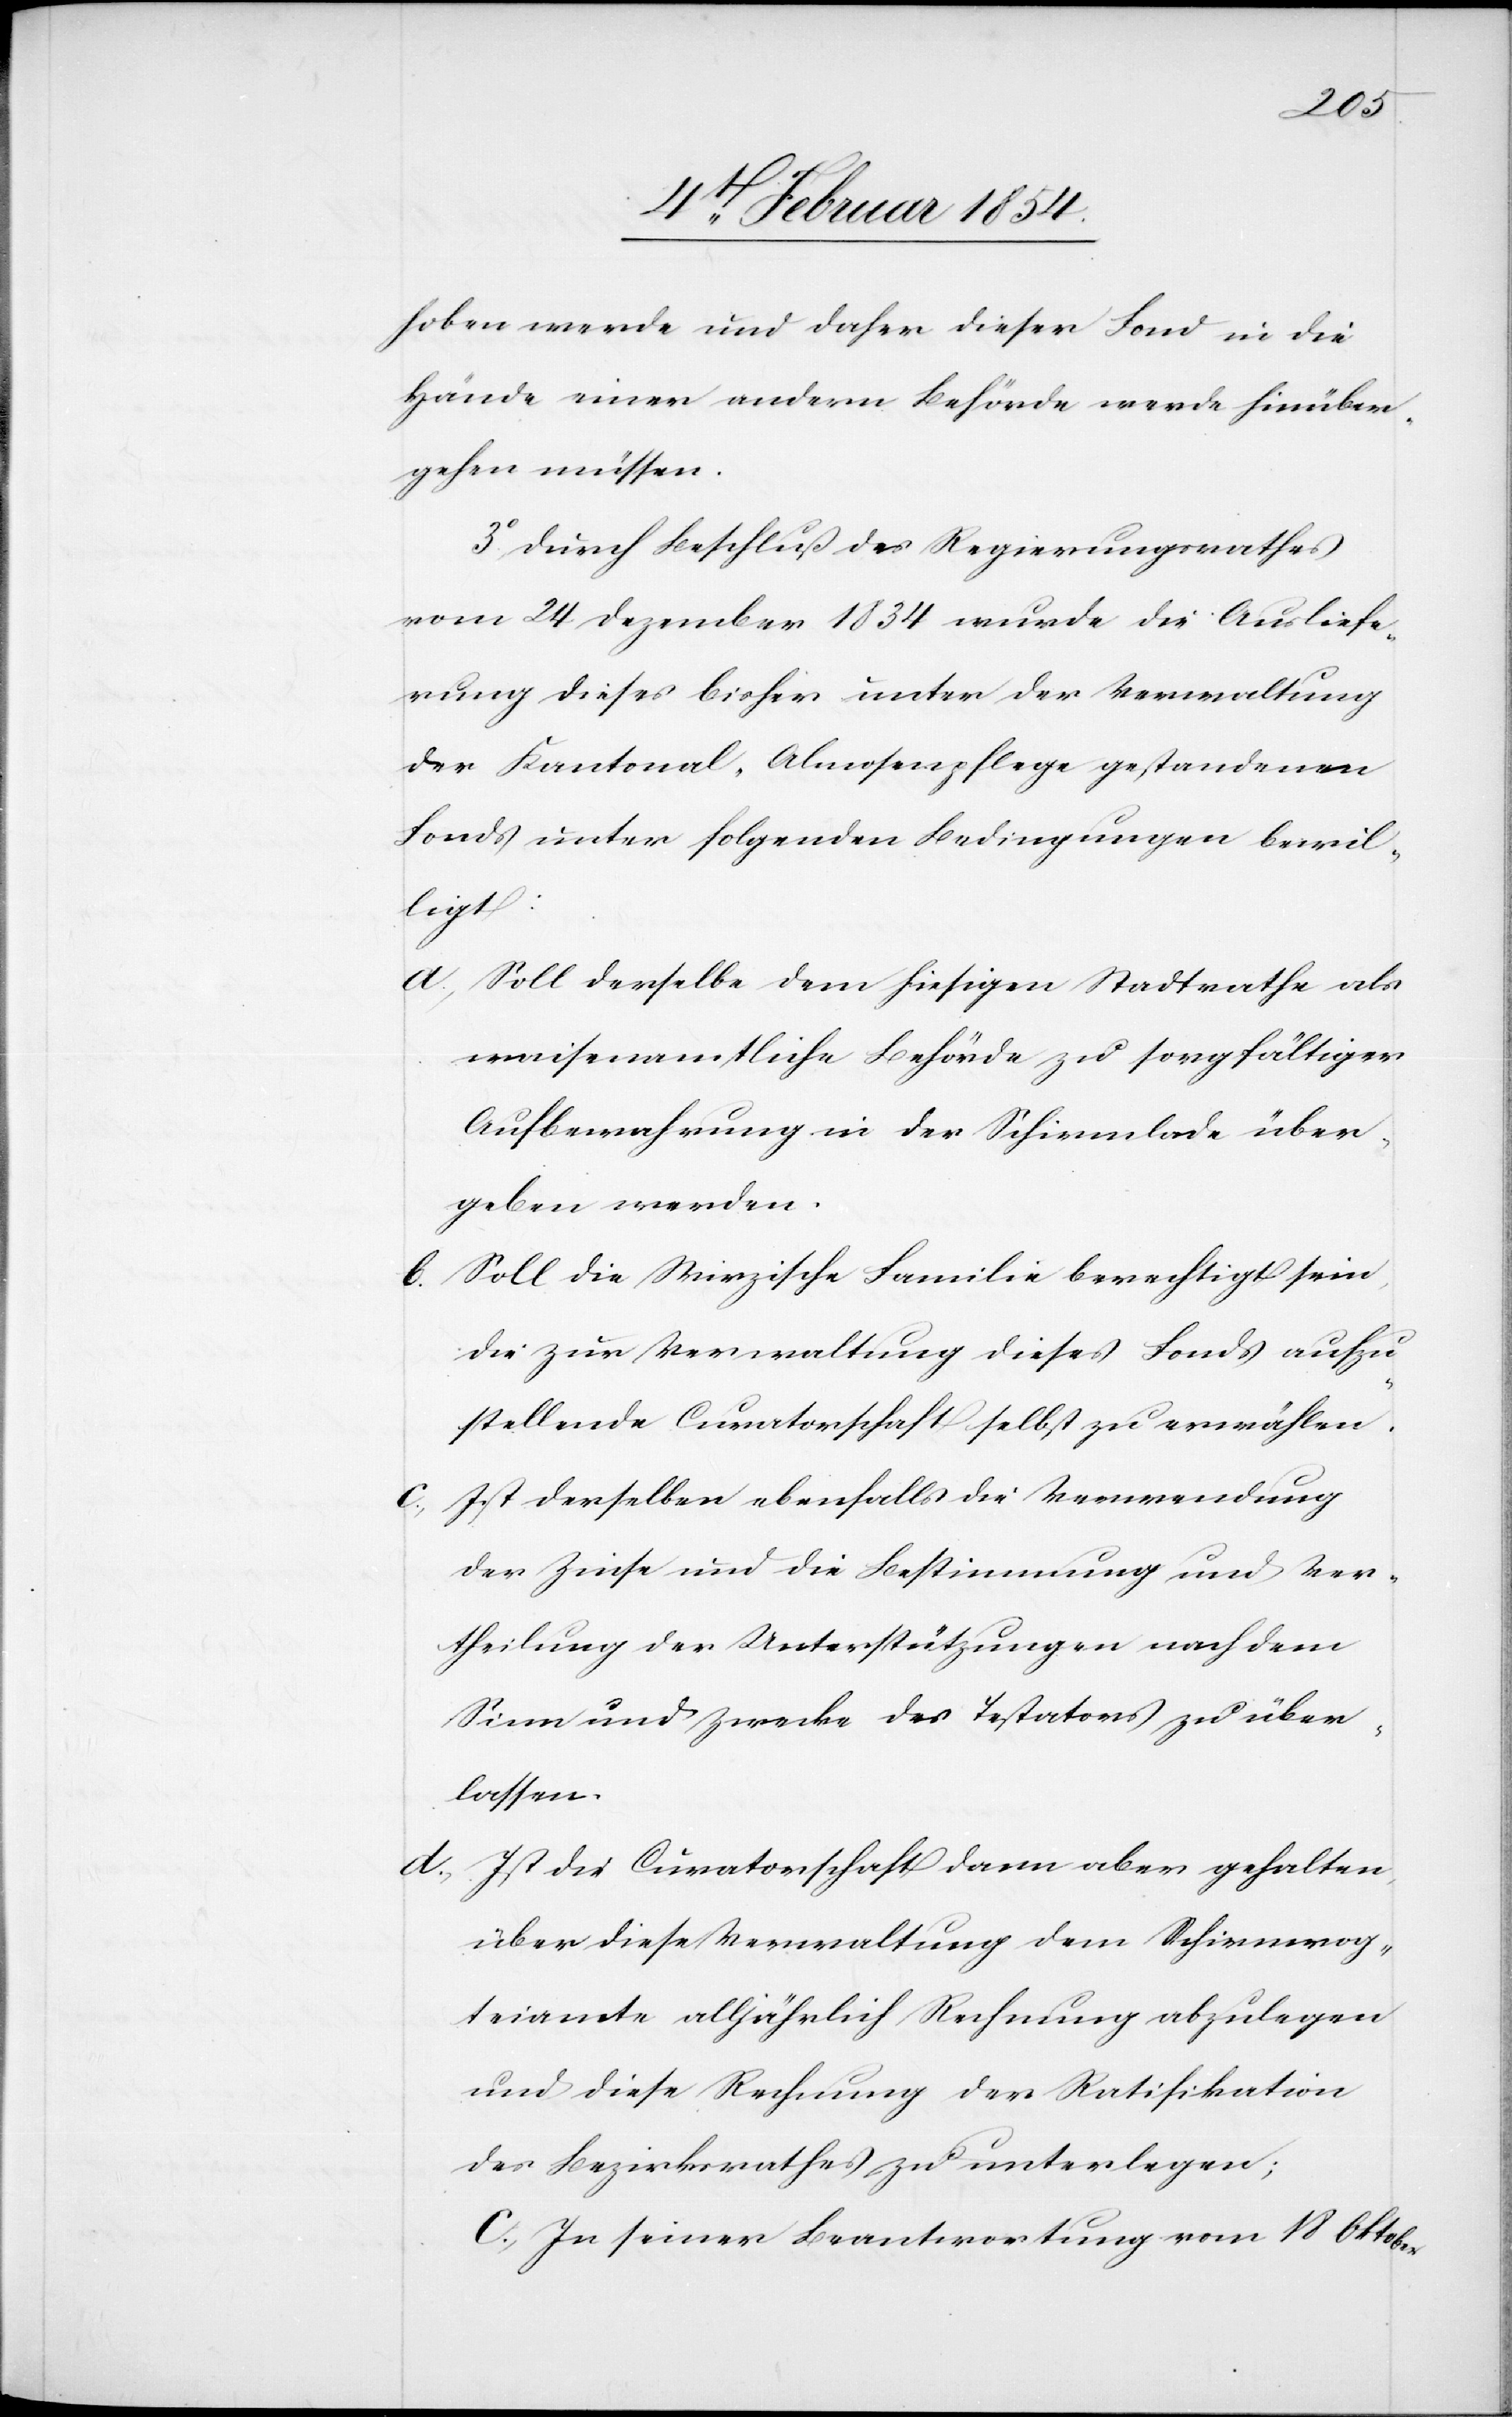
hoben werde und daher dieser Fond in die
Hände einer andern Behörde werde hinüber¬
gehen müssen.
3o Durch Beschluß des Regierungsrathes
vom 24. Dezember 1834 wurde die Ausliefe¬
rung dieses bisher unter der Verwaltung
der Kantonal-Almosenpflege gestandenen
Fonds unter folgenden Bedingungen bewil¬
ligt:
a. Soll derselbe dem hiesigen Stadtrathe als
waisenamtliche Behörde zu sorgfältiger
Aufbewahrung in der Schirmlade über¬
geben werden.
b. Soll die Wirzische Familie berechtigt sein,
die zur Verwaltung dieses Fonds aufzu¬
stellende Curatorschaft selbst zu erwählen.
c. Ist derselben ebenfalls die Verwendung
der Zinse und die Bestimmung und Ver¬
theilung der Unterstützungen nach dem
Sinn und Zwecke des Testators zu über¬
lassen.
d.
Ist die Curatorschaft dann aber gehalten,
über diese Verwaltung dem Schirmrog¬
teiamte alljährlich Rechnung abzulegen
und diese Rechnung der Ratifikation
des Bezirksrathes zu unterlegen;
C In seiner Beantwortung vom 18 Oktober